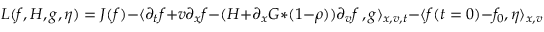
L ( f , H , g , \eta ) = J ( f ) - \langle \partial _ { t } f + v \partial _ { x } f - ( H + \partial _ { x } G \ast ( 1 - \rho ) ) \partial _ { v } f \, , g \rangle _ { x , v , t } - \langle f ( t = 0 ) - f _ { 0 } , \eta \rangle _ { x , v } \, .